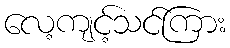
လေ့ကျင့်သင်ကြား